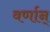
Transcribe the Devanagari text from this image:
वर्णान्